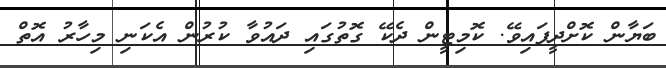
ބަޔާން ކޮށްދީފައިވޭ. ކޮމިޓީން ދެކޭ ގޮތުގައި ދައުވާ ކުރުން އެކަނި މިހާރު އޮތް